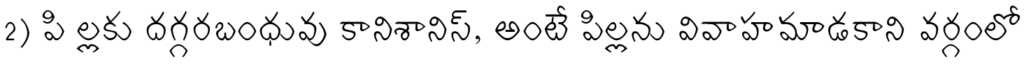
2) పి ల్లకు దగ్గరబంధువు కానిశానిస్, అంటే పిల్లను వివాహమాడకాని వర్గంలో